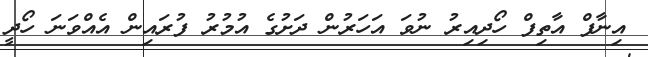
އިނާފް އާތިފް ހޯދިއިރު ނުވަ އަހަރުން ދަށުގެ އުމުރު ފުރައިން އެއްވަނަ ހޯދީ